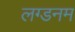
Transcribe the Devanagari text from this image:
लग्डनम